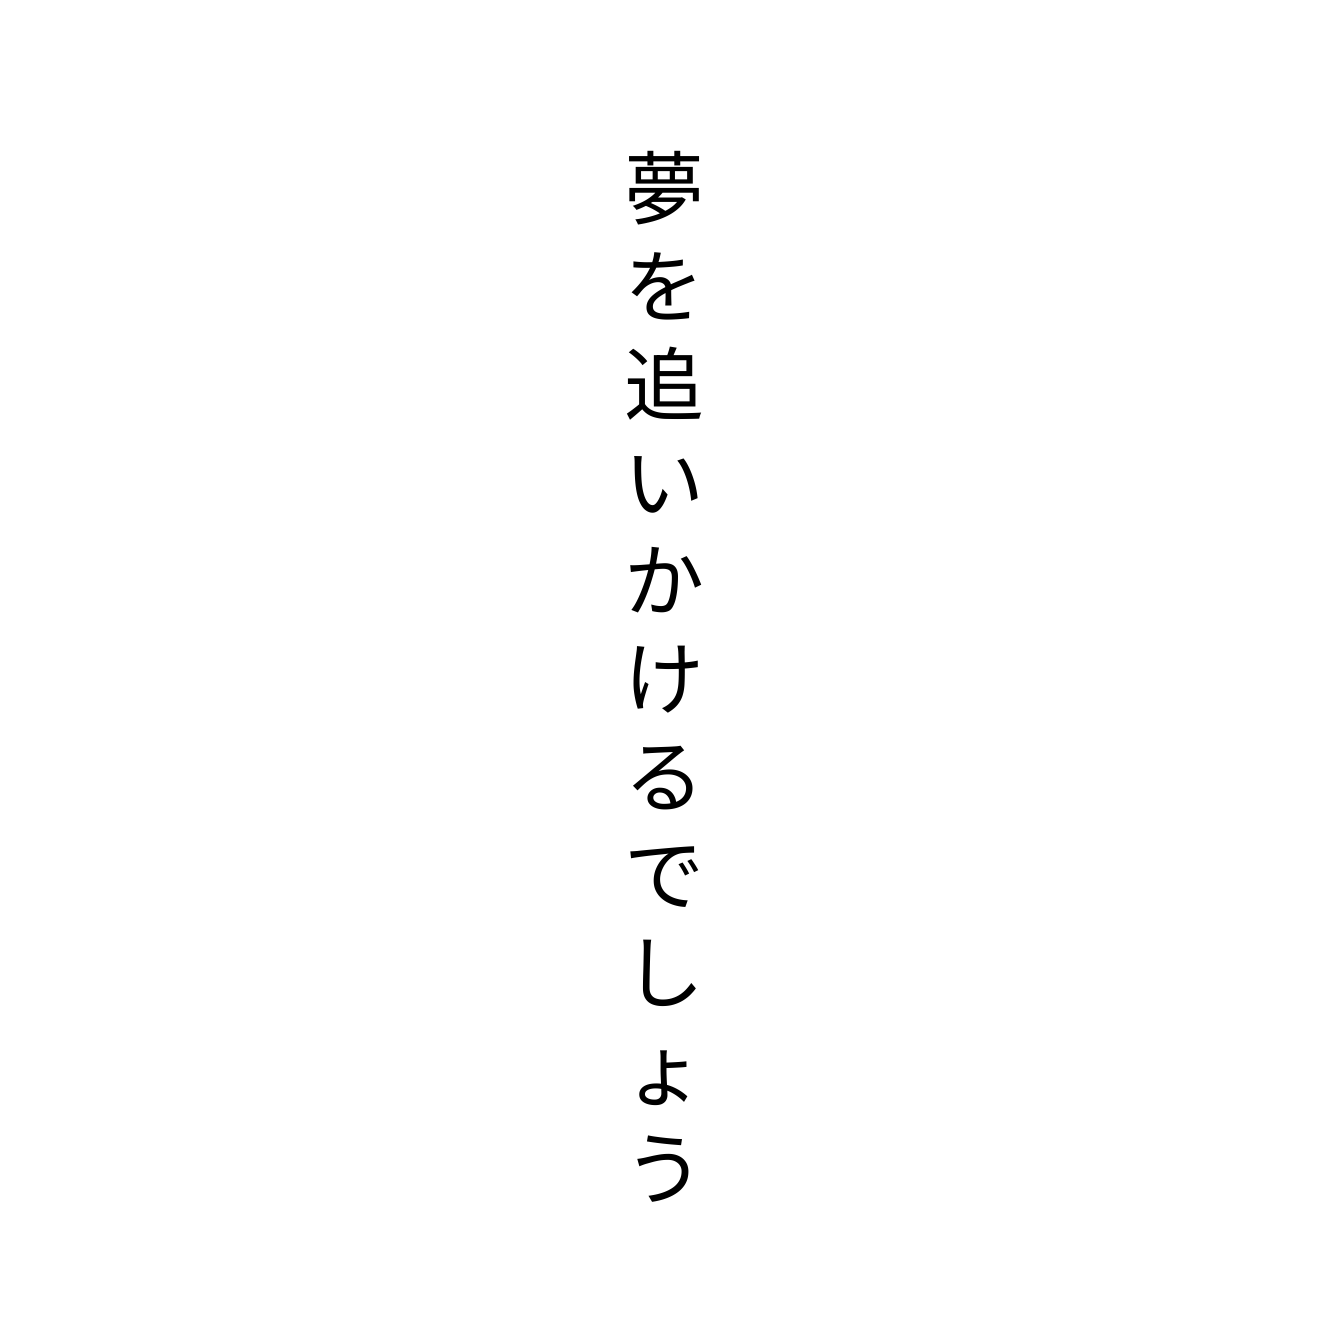
夢を追いかけるでしょう